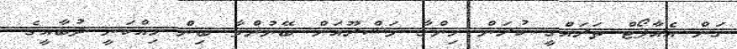
ގަން އެއާޕޯޓް ތަރައްގީ ކުރަން ހިންގާ މަޝްރޫއަށް ބޭނުންވާ ބިން ހިއްކަނީ ދުބާއީގެ